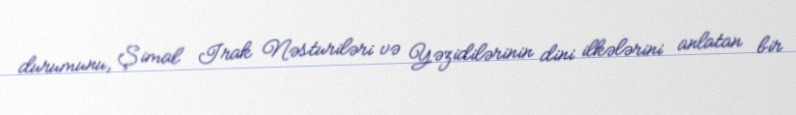
durumunu, Şimal Irak Nəsturiləri və Yəzidilərinin dini ilkələrini anlatan bir